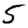
Digit: 5